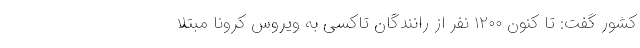
کشور گفت: تا کنون ۱۲۰۰ نفر از رانندگان تاکسی به ویروس کرونا مبتلا